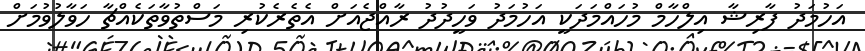
އަހުމަދު ފާރިޝާ އިލްހާމް މުހައްމަދަކީ އަހުމަދު ވަހީދުދު ރާއްޖެއަށް އެތެރެކުރި މަސްތުވާތަކެއްޗާ ހަވާލުވުމަށް